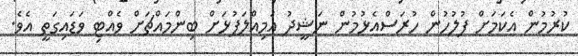
ކުރުމުން އެކަމަށް ފުލުހުން ހުރަސްއެޅުމުން ނަޝީދު އަމިއްލަފުޅަށް ބިންމައްޗަށް ވެއްޓި ވަޑައިގަތީ އެވެ.